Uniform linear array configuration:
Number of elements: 32
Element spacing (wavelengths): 0.75
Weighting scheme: binomial
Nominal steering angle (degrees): -30
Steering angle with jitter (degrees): -31.034
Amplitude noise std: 0.05
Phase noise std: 0.05

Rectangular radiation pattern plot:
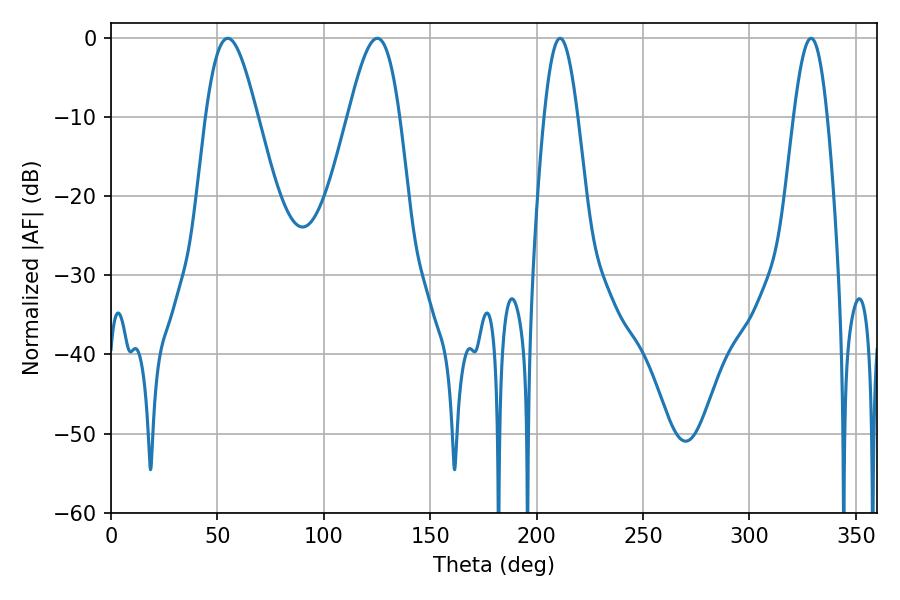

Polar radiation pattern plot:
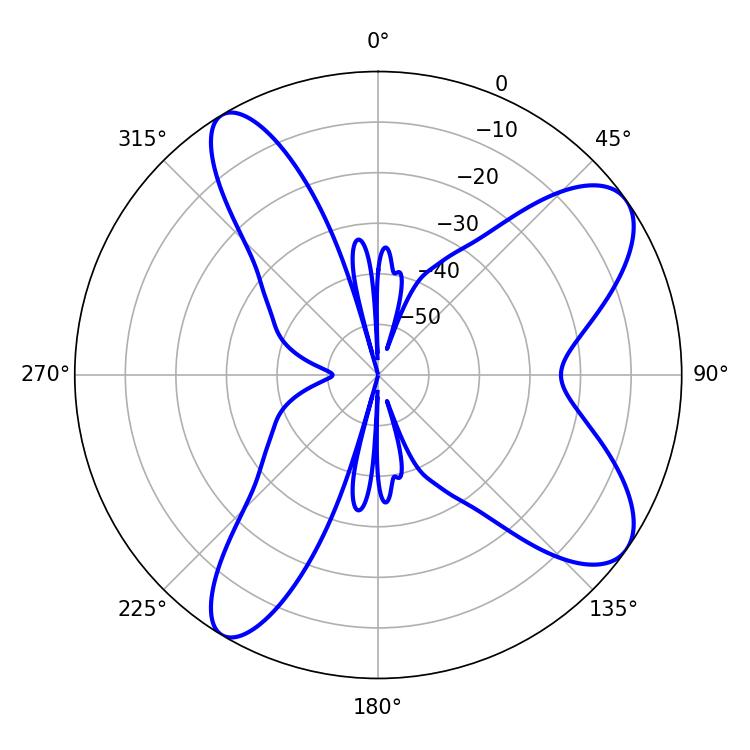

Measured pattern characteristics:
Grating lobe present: TRUE
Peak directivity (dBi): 9.11
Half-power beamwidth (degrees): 12.96
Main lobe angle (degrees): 54.9